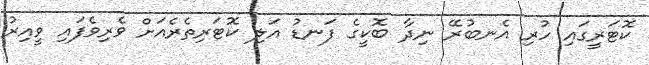
ކޮޓަރީގައި ހުރި އެނބުރޭ ނިދާ ބޮކީގެ ފަނޑު އަލި ކޮޓަރިތެރެއަށް ވެރިވެފައި ވީއިރު